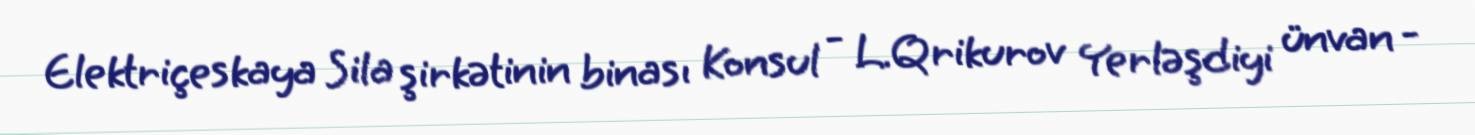
Elektriçeskaya Sila şirkətinin binası Konsul - L.Qrikurov Yerləşdiyi ünvan -